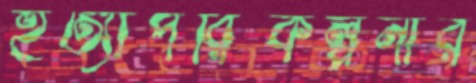
হত্যাপরিকল্পনার